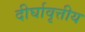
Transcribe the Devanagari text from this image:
दीर्घावृत्तीय